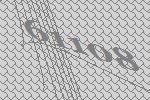
61108